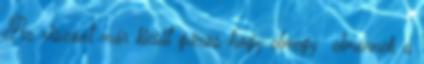
Az viszont már kicsit gázos hogy elmegy elmennek a